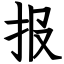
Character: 报